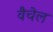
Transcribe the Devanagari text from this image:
वैचेल